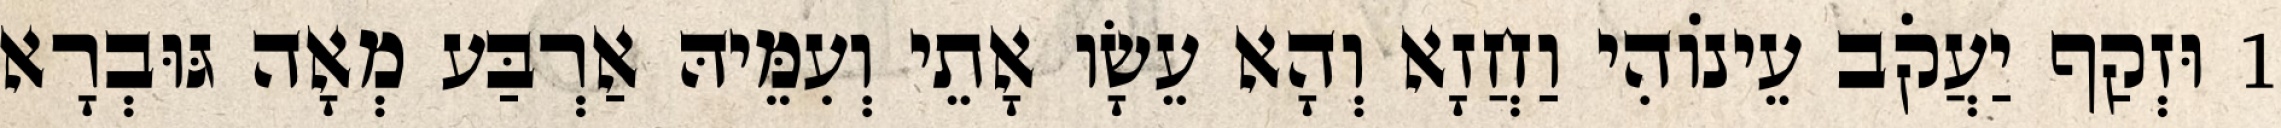
1 וּזְקַף יַעֲקֹב עֵינוֹהִי וַחֲזָא וְהָא עֵשָׂו אָתֵי וְעִמֵּיהּ אַרְבַּע מְאָה גּוּבְרָא